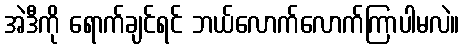
အဲဒီကို ရောက်ချင်ရင် ဘယ်လောက်လောက်ကြာပါမလဲ။